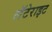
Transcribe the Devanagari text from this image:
लॅटेराइट